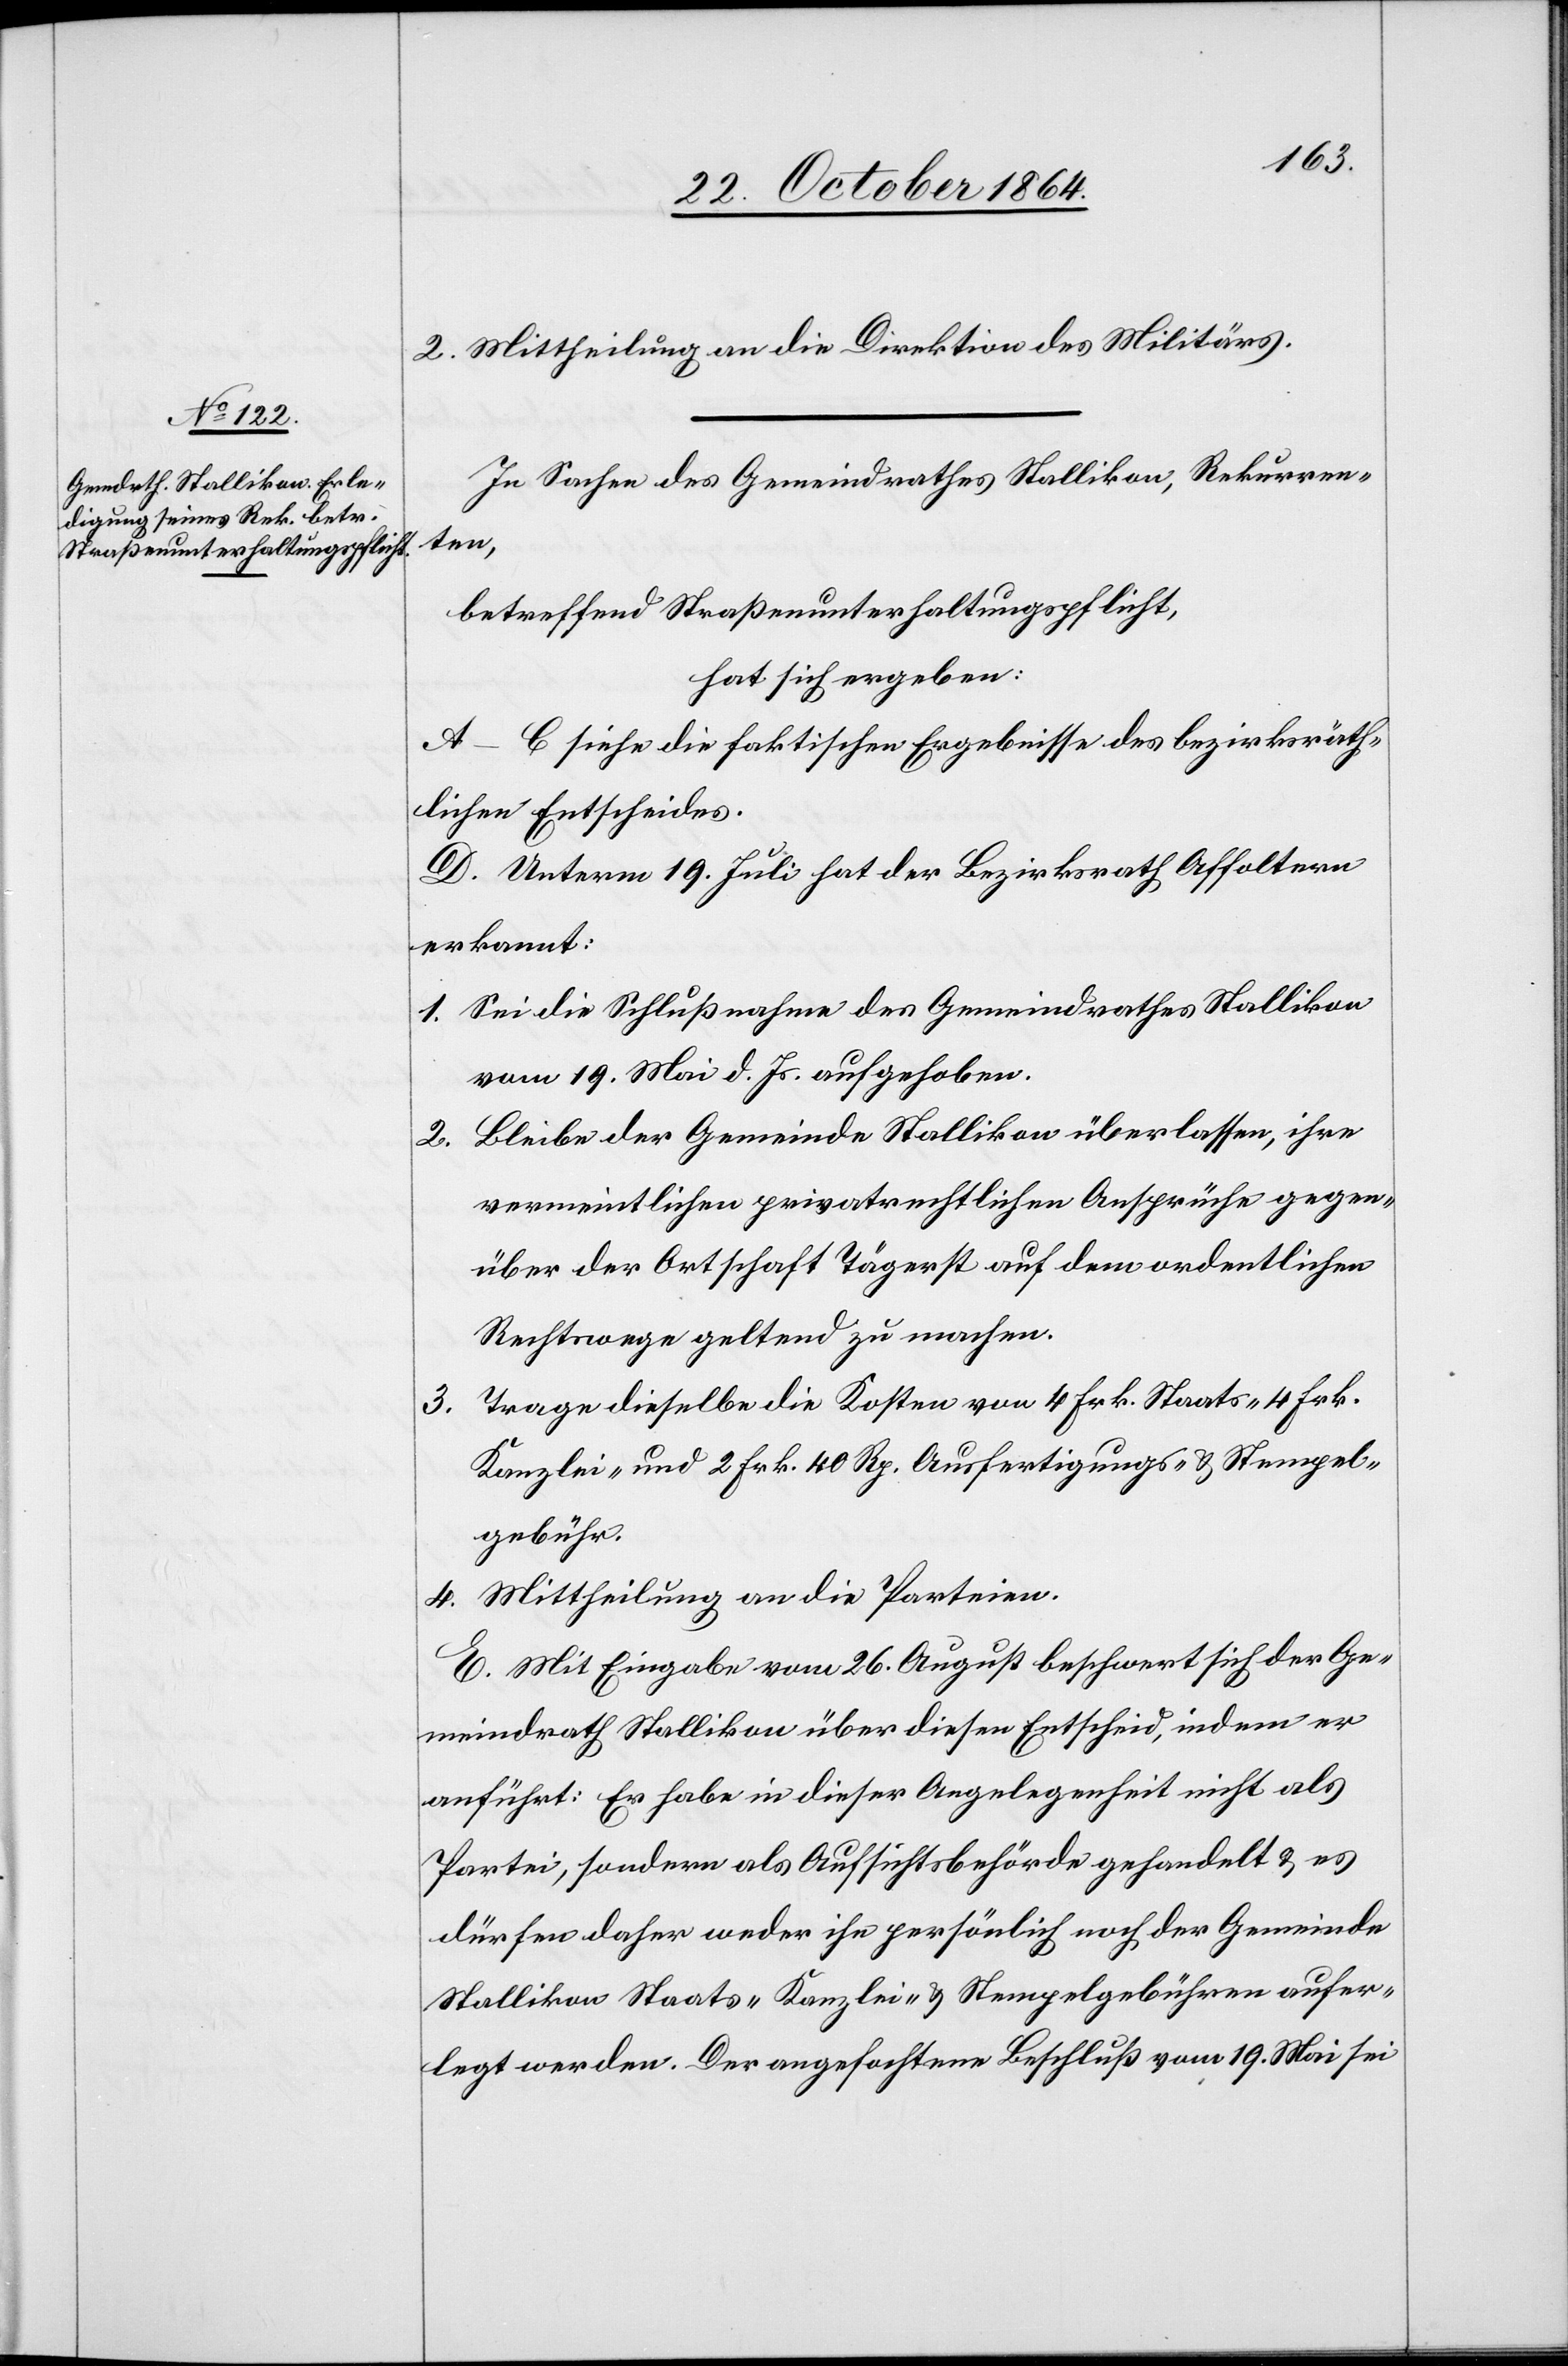
2. Mittheilung an die Direktion des Militärs.
In Sachen des Gemeindrathes Stallikon, Rekurren¬
ten,
betreffend Straßenunterhaltungspflicht,
hat sich ergeben:
A.–C. siehe die faktischen Ergebnisse des bezirksräth¬
lichen Entscheides.
D. Unterm 19. Juli hat der Bezirksrath Affoltern
erkannt:
1. Sei die Schlußnahme des Gemeindrathes Stallikon
vom 19. Mai d. Js. aufgehoben.
2. Bleibe der Gemeinde Stallikon überlassen, ihre
vermeintlichen privatrechtlichen Ansprüche gegen¬
über der Ortschaft Tägerst auf dem ordentlichen
Rechtswege geltend zu machen.
Trage dieselbe die Kosten von 4 Frk. Staats, 4 Frk.
3.
Kanzlei- und 2 Frk. 40 Rp. Ausfertigungs- & Stempel¬
gebühr.
4. Mittheilung an die Parteien.
E. Mit Eingabe vom 26. August beschwert sich der Ge¬
meindrath Stallikon über diesen Entscheid, indem er
anführt: Er habe in dieser Angelegenheit nicht als
Partei, sondern als Aufsichtsbehörde gehandelt & es
dürfen daher weder ihn [sic!] persönlich noch der Gemeinde
Stallikon Staats- Kanzlei- & Stempelgebühren aufer¬
legt werden. Der angefochtene Beschluß vom 19. Mai sei